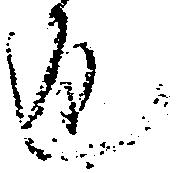
返